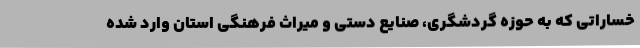
خساراتی که به حوزه گردشگری، صنایع دستی و میراث فرهنگی استان وارد شده